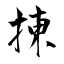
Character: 㨂